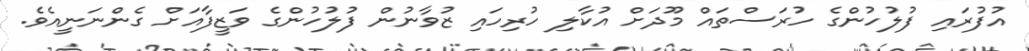
އުފުރައި ފުލުހުންގެ ހުރަސްތައް މޫދަށް އުކާލި ހުރިހައި ޒުވާނުން ފުލުހުންގެ ވަޒީފާއަށް ގެންނަނީއެވެ.